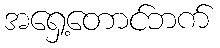
အရှေ့တောင်ဘက်